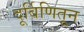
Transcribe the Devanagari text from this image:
दूर्बिणितून